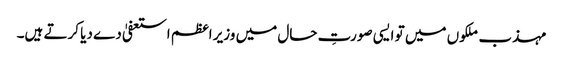
مہذب ملکوں میں تو ایسی صورتِ حال میں وزیر اعظم استعفیٰ دے دیا کرتے ہیں۔